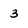
Character: 3